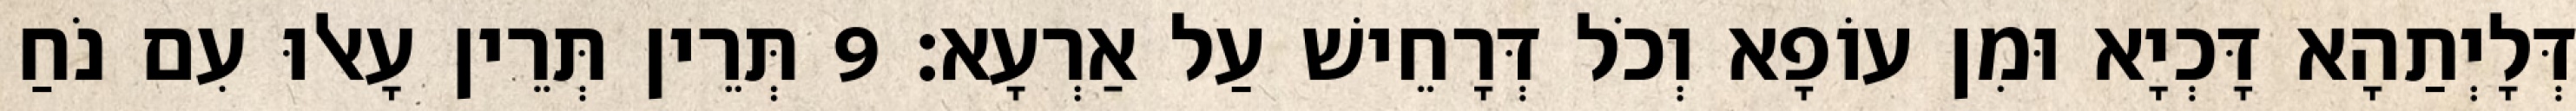
דְּלָיְתַהָא דָּכְיָא וּמִן עוֹפָא וְכֹל דְּרָחֵישׁ עַל אַרְעָא׃ 9 תְּרֵין תְּרֵין עָאלוּ עִם נֹחַ